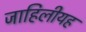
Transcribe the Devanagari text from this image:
जाहिलीयह